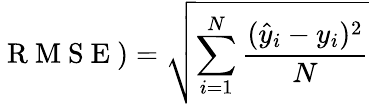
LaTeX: \mathrm{~R~M~S~E~})=\sqrt{\sum_{i=1}^{N}\frac{(\hat{y}_{i}-y_{i})^{2}}{N}}